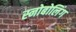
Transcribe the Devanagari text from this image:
स्नोबोलिंग